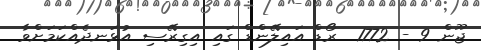
ޖޫން 9 - 1772  ރޯޑް އައިލޭންޑް ގައި އިގިރޭސި އުޅަނދެއްކަމަށްވާ